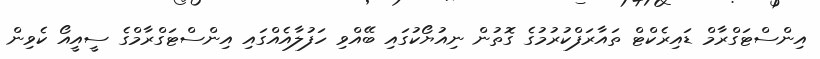
އިންސްޓަގްރާމް ޑައިރެކްޓް ތައާރަފްކުރުމުގެ ގޮތުން ނިއުޔޯކުގައި ބޭއްވި ހަފުލާއެއްގައި އިންސްޓަގްރާމްގެ ސީއީއޯ ކެވިން